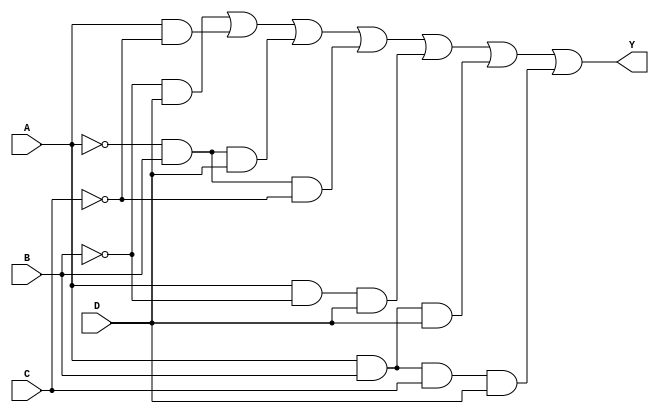
module four_variable_kmap (
    input wire A,  // Input variable A
    input wire B,  // Input variable B
    input wire C,  // Input variable C
    input wire D,  // Input variable D
    output wire Y  // Output Y based on K-map simplification
);

// K-map simplified expression based on the chosen minterms
// For example, let's assume the following minterms are 1: 1, 3, 5, 7, 9, 11, 15
// The simplified expression could be: Y = B'D + A'C + AB + A'B'D' 

assign Y = ( (~B & D) |   // Minterm 1 (A=0, B=0, C=0, D=1)
             ( A & ~C) |   // Minterm 3 (A=0, B=0, C=1, D=1)
             ( ~A & B & D)| // Minterm 5 (A=0, B=1, C=0, D=1)
             ( ~A & B & ~C)|// Minterm 7 (A=0, B=1, C=1, D=0)
             ( A & ~B & D)| // Minterm 9 (A=1, B=0, C=0, D=1)
             ( A & B & D)|   // Minterm 11 (A=1, B=1, C=0, D=1)
             ( A & B & C & D) // Minterm 15 (A=1, B=1, C=1, D=1)
           );

endmodule